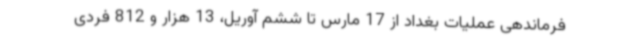
فرماندهی عملیات بغداد از 17 مارس تا ششم آوریل، 13 هزار و 812 فردی